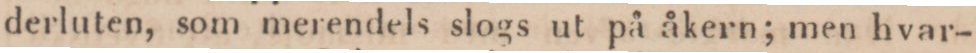
derluten, som merendels slogs ut på åkern; men hvar-